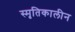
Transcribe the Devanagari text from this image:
स्मृतिकालीन